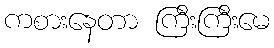
ကစားနေတာ ကြီးကြီးမေ